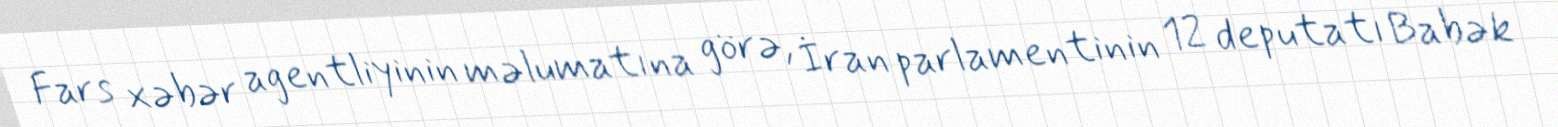
Fars xəbər agentliyinin məlumatına görə, İran parlamentinin 12 deputatı Babək